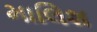
માલિશ